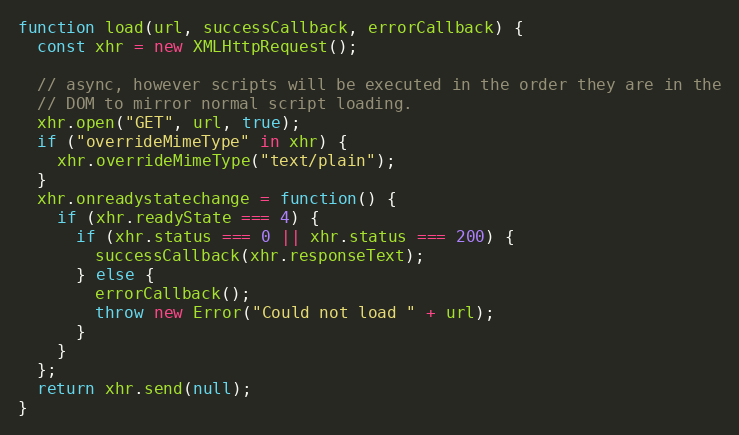
Language: JavaScript
function load(url, successCallback, errorCallback) {
  const xhr = new XMLHttpRequest();

  // async, however scripts will be executed in the order they are in the
  // DOM to mirror normal script loading.
  xhr.open("GET", url, true);
  if ("overrideMimeType" in xhr) {
    xhr.overrideMimeType("text/plain");
  }
  xhr.onreadystatechange = function() {
    if (xhr.readyState === 4) {
      if (xhr.status === 0 || xhr.status === 200) {
        successCallback(xhr.responseText);
      } else {
        errorCallback();
        throw new Error("Could not load " + url);
      }
    }
  };
  return xhr.send(null);
}